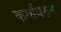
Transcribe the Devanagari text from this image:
कर्मावरुन